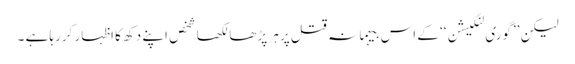
لیکن ’’گوری لنکیشن‘‘ کے اس بیہمانہ قتل پر ہر پڑھا لکھا شخص اپنے دکھ کا اظہار کررہا ہے ۔